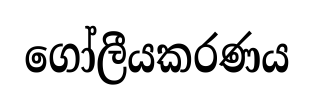
ගෝලීයකරණය